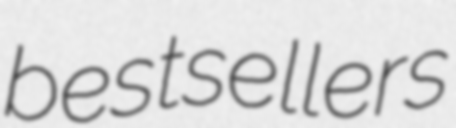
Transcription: bestsellers